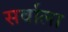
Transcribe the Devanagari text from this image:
सर्वाला